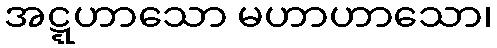
အဋ္ဋဟာသော မဟာဟာသော၊